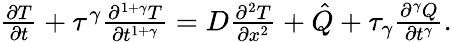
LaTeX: \begin{array}{r}{\frac{\partial T}{\partial t}+\tau^{\gamma}\frac{\partial^{1+\gamma}T}{\partial t^{1+\gamma}}=D\frac{\partial^{2}T}{\partial x^{2}}+\hat{Q}+\tau_{\gamma}\frac{\partial^{\gamma}Q}{\partial t^{\gamma}}.}\end{array}